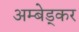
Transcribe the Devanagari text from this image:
अम्बेड्कर